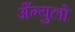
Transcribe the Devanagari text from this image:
अँग्युलो